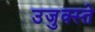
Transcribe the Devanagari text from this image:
उजुक्स्ते